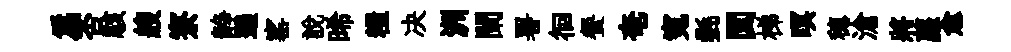
爲否駭艘寮静遄窰說晞糧决洲闌署徊餐奄寃㲲闃梯暝穂滄將蘿愈